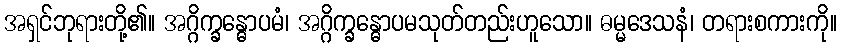
အရှင်ဘုရားတို့၏။ အဂ္ဂိက္ခန္ဓောပမံ၊ အဂ္ဂိက္ခန္ဓောပမသုတ်တည်းဟူသော။ ဓမ္မဒေသနံ၊ တရားစကားကို။